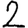
Digit: 2